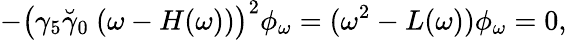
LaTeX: -\left(\gamma_{5}\breve{\gamma}_{0}~(\omega-H(\omega))\right)^{2}\phi_{\omega}=(\omega^{2}-L(\omega))\phi_{\omega}=0,